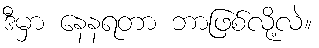
ဒီမှာ နေနရတာ ဘာဖြစ်လို့လဲ။